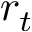
r _ { t }